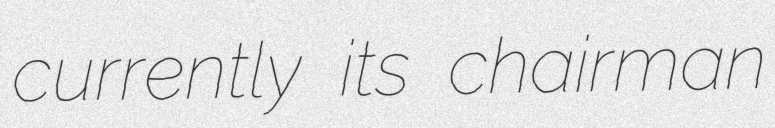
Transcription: currently its chairman